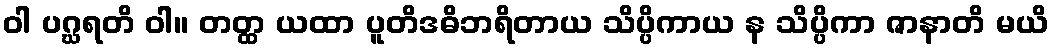
ဝါ ပဂ္ဃရတိ ဝါ။ တတ္ထ ယထာ ပူတိဒဓိဘရိတာယ သိပ္ပိကာယ န သိပ္ပိကာ ဇာနာတိ မယိ